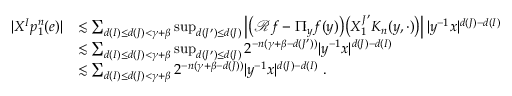
\begin{array} { r l } { | X ^ { I } p _ { 1 } ^ { n } ( e ) | } & { \lesssim \sum _ { d ( I ) \leq d ( J ) < \gamma + \beta } \operatorname* { s u p } _ { d ( J ^ { \prime } ) \leq d ( J ) } \left| \big ( \mathcal { R } f - \Pi _ { y } f ( y ) \big ) \big ( X _ { 1 } ^ { J ^ { \prime } } K _ { n } ( y , \cdot ) \big ) \right| | y ^ { - 1 } x | ^ { d ( J ) - d ( I ) } } \\ & { \lesssim \sum _ { d ( I ) \leq d ( J ) < \gamma + \beta } \operatorname* { s u p } _ { d ( J ^ { \prime } ) \leq d ( J ) } 2 ^ { - n ( \gamma + \beta - d ( J ^ { \prime } ) ) } | y ^ { - 1 } x | ^ { d ( J ) - d ( I ) } } \\ & { \lesssim \sum _ { d ( I ) \leq d ( J ) < \gamma + \beta } 2 ^ { - n ( \gamma + \beta - d ( J ) ) } | y ^ { - 1 } x | ^ { d ( J ) - d ( I ) } \ . } \end{array}